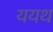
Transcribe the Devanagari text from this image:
ययथ